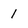
Character: 1